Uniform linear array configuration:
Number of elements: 32
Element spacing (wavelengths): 1
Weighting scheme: exponential
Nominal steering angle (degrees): -30
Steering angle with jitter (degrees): -31.342
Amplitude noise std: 0.05
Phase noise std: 0.05

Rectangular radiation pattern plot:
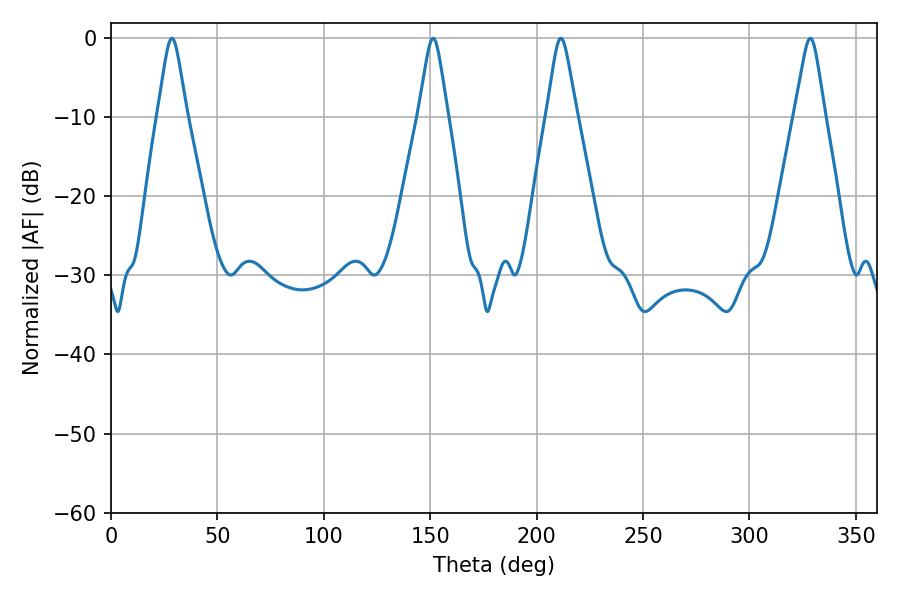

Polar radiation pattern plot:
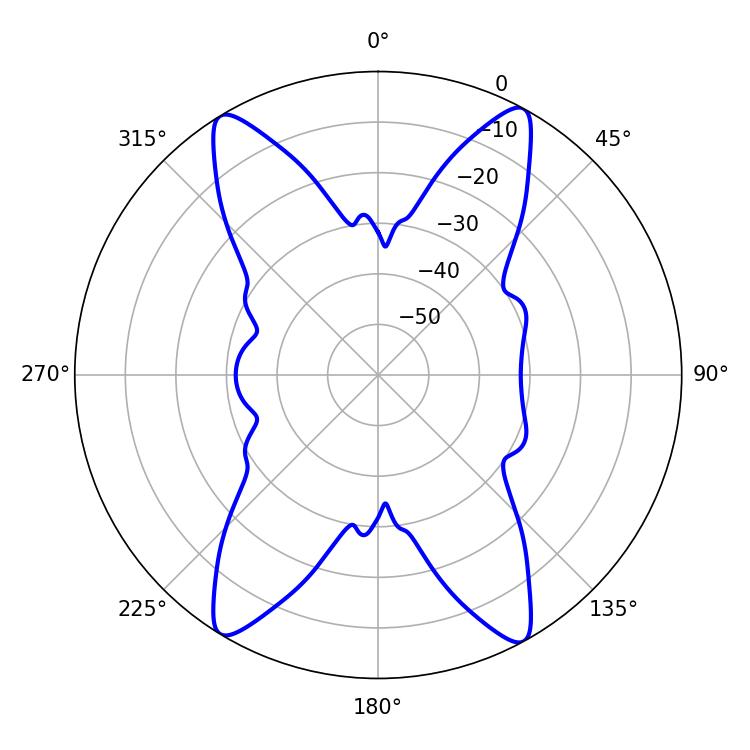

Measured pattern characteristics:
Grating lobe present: TRUE
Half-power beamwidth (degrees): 6.48
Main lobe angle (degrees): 28.62